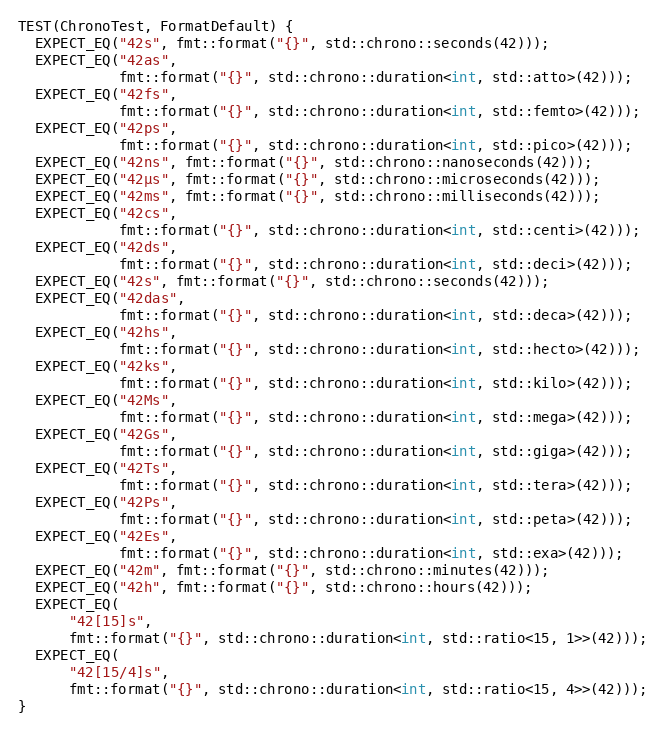
Language: C++
TEST(ChronoTest, FormatDefault) {
  EXPECT_EQ("42s", fmt::format("{}", std::chrono::seconds(42)));
  EXPECT_EQ("42as",
            fmt::format("{}", std::chrono::duration<int, std::atto>(42)));
  EXPECT_EQ("42fs",
            fmt::format("{}", std::chrono::duration<int, std::femto>(42)));
  EXPECT_EQ("42ps",
            fmt::format("{}", std::chrono::duration<int, std::pico>(42)));
  EXPECT_EQ("42ns", fmt::format("{}", std::chrono::nanoseconds(42)));
  EXPECT_EQ("42µs", fmt::format("{}", std::chrono::microseconds(42)));
  EXPECT_EQ("42ms", fmt::format("{}", std::chrono::milliseconds(42)));
  EXPECT_EQ("42cs",
            fmt::format("{}", std::chrono::duration<int, std::centi>(42)));
  EXPECT_EQ("42ds",
            fmt::format("{}", std::chrono::duration<int, std::deci>(42)));
  EXPECT_EQ("42s", fmt::format("{}", std::chrono::seconds(42)));
  EXPECT_EQ("42das",
            fmt::format("{}", std::chrono::duration<int, std::deca>(42)));
  EXPECT_EQ("42hs",
            fmt::format("{}", std::chrono::duration<int, std::hecto>(42)));
  EXPECT_EQ("42ks",
            fmt::format("{}", std::chrono::duration<int, std::kilo>(42)));
  EXPECT_EQ("42Ms",
            fmt::format("{}", std::chrono::duration<int, std::mega>(42)));
  EXPECT_EQ("42Gs",
            fmt::format("{}", std::chrono::duration<int, std::giga>(42)));
  EXPECT_EQ("42Ts",
            fmt::format("{}", std::chrono::duration<int, std::tera>(42)));
  EXPECT_EQ("42Ps",
            fmt::format("{}", std::chrono::duration<int, std::peta>(42)));
  EXPECT_EQ("42Es",
            fmt::format("{}", std::chrono::duration<int, std::exa>(42)));
  EXPECT_EQ("42m", fmt::format("{}", std::chrono::minutes(42)));
  EXPECT_EQ("42h", fmt::format("{}", std::chrono::hours(42)));
  EXPECT_EQ(
      "42[15]s",
      fmt::format("{}", std::chrono::duration<int, std::ratio<15, 1>>(42)));
  EXPECT_EQ(
      "42[15/4]s",
      fmt::format("{}", std::chrono::duration<int, std::ratio<15, 4>>(42)));
}